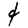
Digit: 4